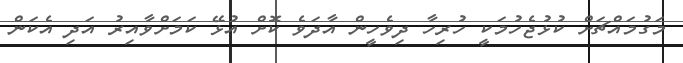
މަގުމައްޗަށް ކުޅުޖެހުމަކީ ހުރިހާ ދިވެހީން އާދަވެ ކޮށް އުޅޭ ކަމަށްވާއިރު އަދި އެކަން